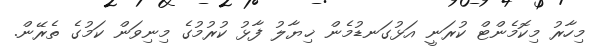
މިހާރު މިކޮމެންޓް ކުރަނީ އަޅުގަނޑުމެން ޚިޔާލު ފާޅު ކުުރުމުގެ މިނިވަން ކަމުގެ ތެރޭން.